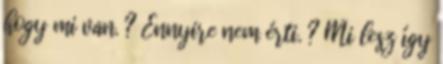
hogy mi van. ? Ennyire nem érti. ? Mi lesz így